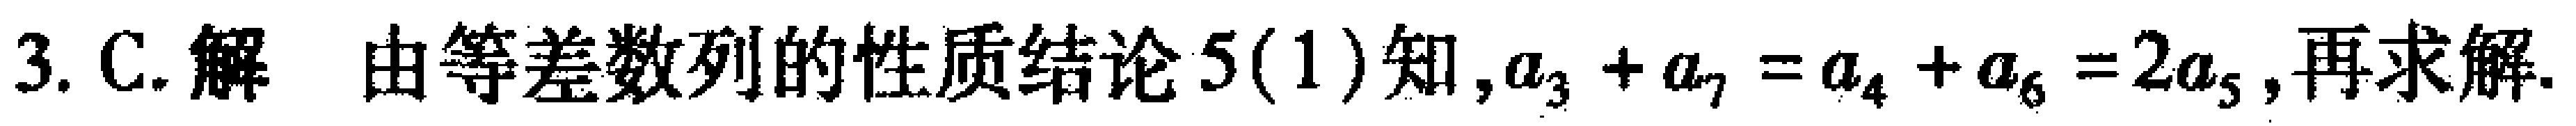
3. C. 解 由等差数列的性质结论5(1)知, \(a_{3}+a_{7}=a_{4}+a_{6}=2a_{5}\),再求解.